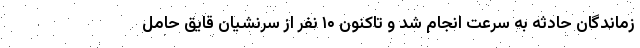
زماندگان حادثه به سرعت انجام شد و تاکنون ۱۰ نفر از سرنشیان قایق حامل